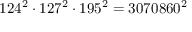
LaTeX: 1 2 4 ^ { 2 } \cdot 1 2 7 ^ { 2 } \cdot 1 9 5 ^ { 2 } = 3 0 7 0 8 6 0 ^ { 2 }